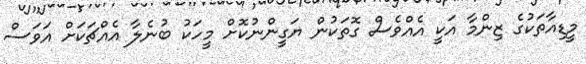
މީޑިއާތަކުގެ ޒިންމާ އަކީ އެއްވެސް ގޮތަކުން ޔަގީންނުކޮށް މީހަކު ބުނެލާ އެއްޗަކަށް އަވަސް